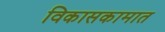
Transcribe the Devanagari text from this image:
विकासकामात